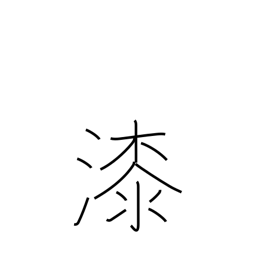
Meaning: varnish